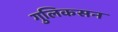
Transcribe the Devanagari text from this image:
गुलिकसन